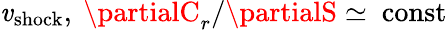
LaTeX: \mathit{v}_{\mathrm{{shock}}},~\partialC_{r}/\partialS\simeq~\mathrm{{const}}